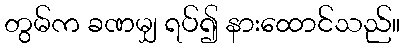
တွမ်က ခဏမျှ ရပ်၍ နားထောင်သည်။